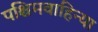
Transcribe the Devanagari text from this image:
पश्चिमवाहिन्या